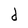
Character: d